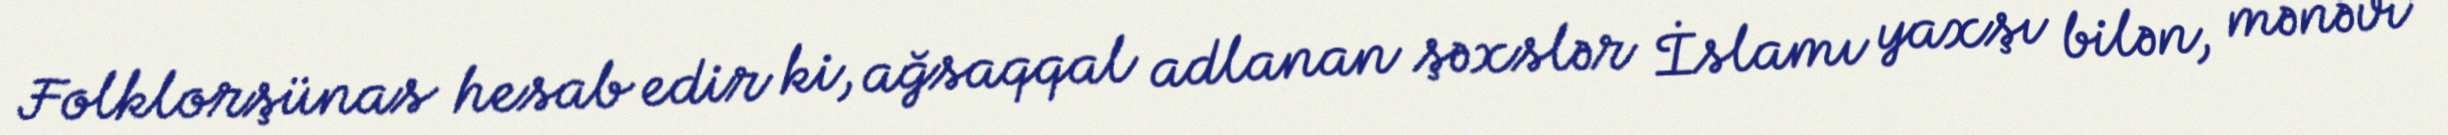
Folklorşünas hesab edir ki, ağsaqqal adlanan şəxslər İslamı yaxşı bilən, mənəvi